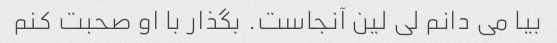
بیا می دانم لی لین آنجاست. بگذار با او صحبت کنم